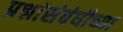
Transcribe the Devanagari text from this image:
प्रश्नांसंबंधीच्या